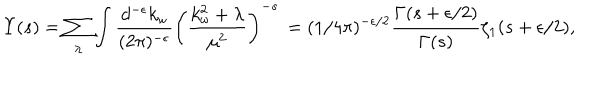
{ \Upsilon } ( s ) = \sum _ { \lambda } \int { \frac { d ^ { - \epsilon } k _ { \omega } } { ( 2 \pi ) ^ { - \epsilon } } } \left( { \frac { k _ { \omega } ^ { 2 } + \lambda } { \mu ^ { 2 } } } \right) ^ { - s } \nonumber \, = ( 1 / 4 \pi ) ^ { - \epsilon / 2 } { \frac { \Gamma ( s + \epsilon / 2 ) } { \Gamma ( s ) } } \zeta _ { 1 } ( s + \epsilon / 2 ) ,